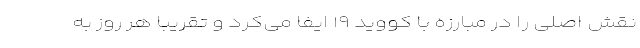
نقش اصلی را در مبارزه با کووید ۱۹ ایفا می‌کرد و تقریباً هر روز به